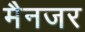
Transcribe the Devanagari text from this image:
मैनजर